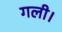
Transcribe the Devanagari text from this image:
गली।